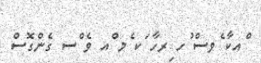
ްއކާ ެވސް ުހ ިރހާ ަކ ެމ ްއ ވެ ްސ ގެންގޮސް